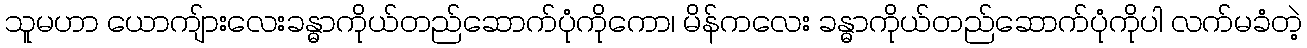
သူမဟာ ယောကျ်ားလေးခန္ဓာကိုယ်တည်ဆောက်ပုံကိုကော၊ မိန်ကလေး ခန္ဓာကိုယ်တည်ဆောက်ပုံကိုပါ လက်မခံတဲ့